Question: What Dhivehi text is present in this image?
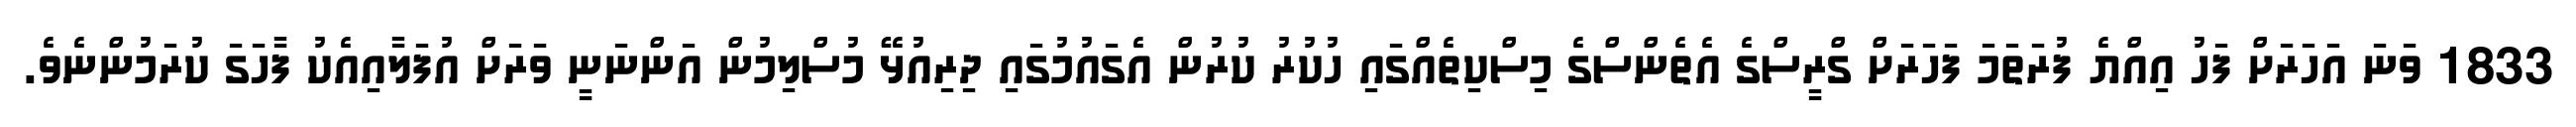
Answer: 1833 ވަނަ އަހަރަށް ފަހު އިއްޔެ ފުރަތަމަ ފަހަރަށް ގްރީސްގެ އެތެންސްގެ މިސްކިތެއްގައި ހުކުރު ކުރުން އެގައުމުގައި ދިރިއުޅޭ މުސްލިމުން އަންނަނީ ވަރަށް އުފަލާއިއެކު ފާހަގަ ކުރަމުންނެވެ.